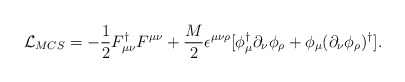
\begin{align*}{\cal L}_{MCS}=- \frac{1}{2} F_{\mu\nu}^{\dagger} F^{\mu\nu} + \frac{M}{2}\epsilon^{\mu\nu\rho}[\phi^{\dagger}_{\mu}\partial_\nu\phi_\rho+ \phi_\mu(\partial_\nu\phi_\rho)^\dagger].\end{align*}